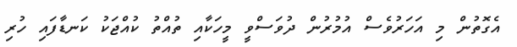
އެގޮތުން މި އަހަރުވެސް އުމުރުން ދުވަސްވީ މީހަކާއި ތުއްތު ކުއްޖަކު ކަނޑާފައި ހުރި